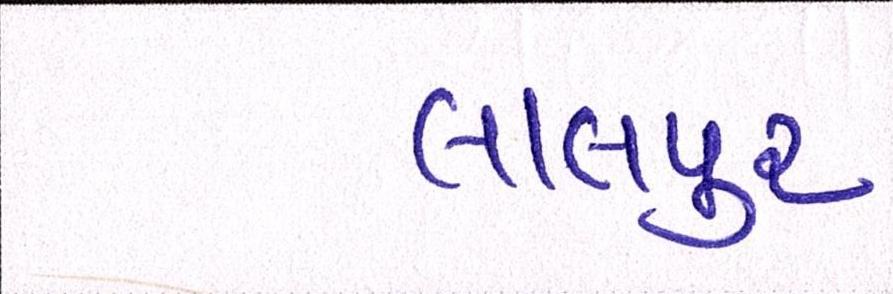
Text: લાલપુર